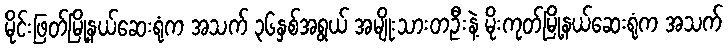
မိုင်းဖြတ်မြို့နယ်ဆေးရုံက အသက် ၃၆နှစ်အရွယ် အမျိုးသားတဦးနဲ့ မိုးကုတ်မြို့နယ်ဆေးရုံက အသက်